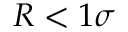
R < 1 \sigma